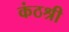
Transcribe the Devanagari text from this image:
कंठश्री